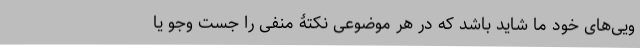
ویی‌های خود ما شاید باشد که در هر موضوعی نکتۀ منفی را جست و‌جو یا